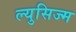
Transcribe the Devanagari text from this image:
ल्युसिज्म